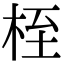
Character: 桎